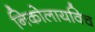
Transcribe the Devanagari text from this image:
निकोलायविच